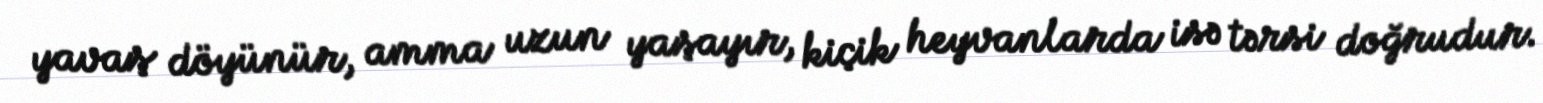
yavaş döyünür, amma uzun yaşayır, kiçik heyvanlarda isə tərsi doğrudur.